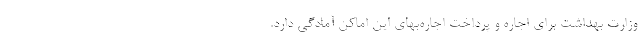
وزارت بهداشت برای اجاره و پرداخت اجاره‌بهای این اماکن آمادگی دارد.